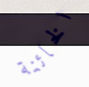
الخائنة